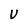
Character: U